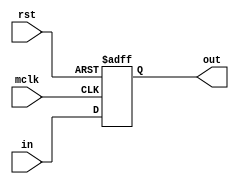
module delayT(mclk, rst, in, out);
    parameter Data_Width=12;
    parameter Delay_Count=1;
    
    input mclk, rst;
    input [Data_Width-1:0] in;
    output [Data_Width-1:0] out;
    
    reg [Data_Width-1:0] regs[Delay_Count-1:0];
    integer temp;
    
    assign out=regs[Delay_Count-1];
    
    always @(posedge mclk or posedge rst)
    begin
    	if(rst)
	begin
		for(temp=0;temp<Delay_Count;temp=temp+1)
		begin
	    		regs[temp]<=0;
		end
	end
	else 
	begin
		regs[0]<=in;
		for(temp=1;temp<Delay_Count;temp=temp+1)
		begin
	    		regs[temp]<=regs[temp-1];
		end
	end
    end
endmodule